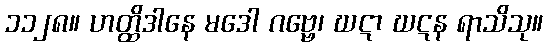
၁၁၂၈။ ဟတ္ထိဒါနေ မဒေါ ဂဗ္ဗေ၊ ဃဋာ ဃဋန ရာသိသု။